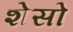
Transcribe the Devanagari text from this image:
शेसो